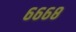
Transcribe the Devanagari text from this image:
६६६८